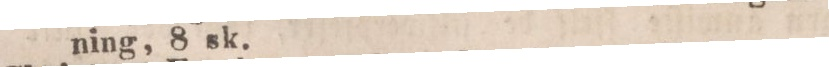
ning, 8 sk.